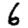
Digit: 6